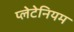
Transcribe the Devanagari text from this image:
प्लेटेनियम